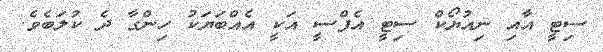
ސިޓީ އާއި ނިއުޔޯކް ސިޓީ އެފްސީ އަކީ އެއްބަޔަކު ހިންގާ ދެ ކުލަބެވެ.